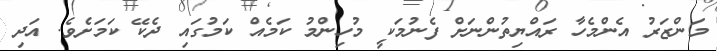
މަންޒަރު އެންމެހާ ރައްޔިތުންނަށް ފެނުމަކީ މުހިންމު ކަމެއް ކަމުގައި ދެކޭ ކަމަށެވެ. އަދި